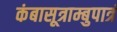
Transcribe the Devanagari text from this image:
कंबासूत्राम्बुपात्रं